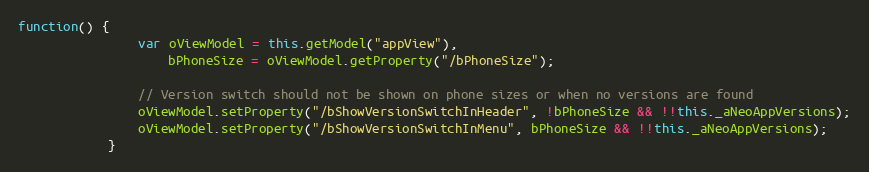
Language: JavaScript
function() {
				var oViewModel = this.getModel("appView"),
					bPhoneSize = oViewModel.getProperty("/bPhoneSize");

				// Version switch should not be shown on phone sizes or when no versions are found
				oViewModel.setProperty("/bShowVersionSwitchInHeader", !bPhoneSize && !!this._aNeoAppVersions);
				oViewModel.setProperty("/bShowVersionSwitchInMenu", bPhoneSize && !!this._aNeoAppVersions);
			}